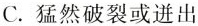
C.猛然破裂或迸出